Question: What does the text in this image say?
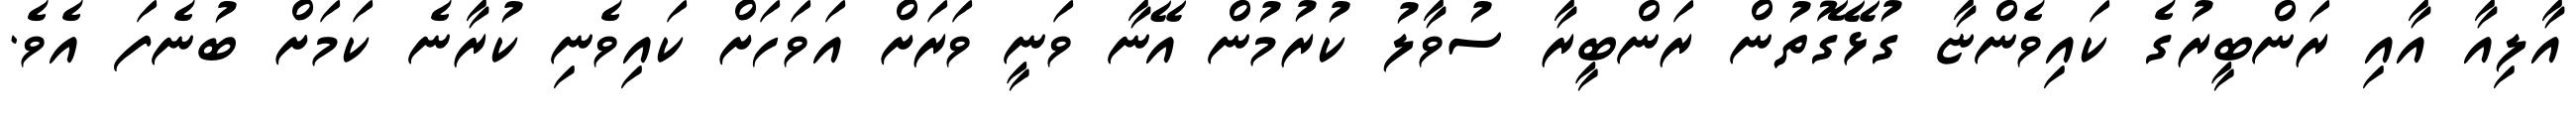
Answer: އާލިއާ އާއި ރަންބީރުގެ ކައިވެންޏާ ގުޅޭގޮތުން ރަންބީރާ ސުވާލު ކުރުމުން އޭނާ ވަނީ ވަރަށް އަވަހަށް ކައިވެނި ކުރާނެ ކަމަށް ބުނެފަ އެވެ.